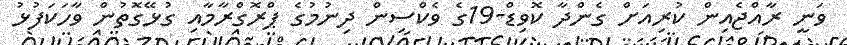
ވަނީ ރާއްޖެއިން ކުރިއަށް ގެންދާ ކޮވިޑް-19ގެ ވެކްސިން ދިނުމުގެ ޕްރޮގްރާމާއި ގުޅޭގޮތުން ވާހަކަފުޅު